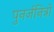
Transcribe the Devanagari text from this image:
पुनर्जनित्रों